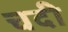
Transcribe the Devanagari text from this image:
चदी